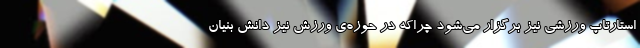
استارتاپ ورزشی نیز برگزار می‌شود چراکه در حوزه‌ی ورزش نیز دانش بنیان